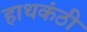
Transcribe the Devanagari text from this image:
हाथकंठी